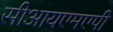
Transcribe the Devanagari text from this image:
सीआयएमएपी